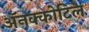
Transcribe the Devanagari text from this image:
अॅनक्कोटिल